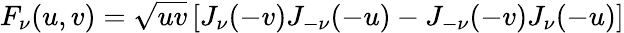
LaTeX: F_{\nu}(u,v)=\sqrt{uv}\left[J_{\nu}(-v)J_{-\nu}(-u)-J_{-\nu}(-v)J_{\nu}(-u)\right]